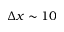
\Delta x \sim 1 0